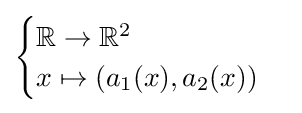
{\begin{cases}\mathbb {R} \to \mathbb {R} ^{2}\\x\mapsto (a_{1}(x),a_{2}(x))\end{cases}}